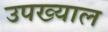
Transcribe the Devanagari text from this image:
उपख्याल